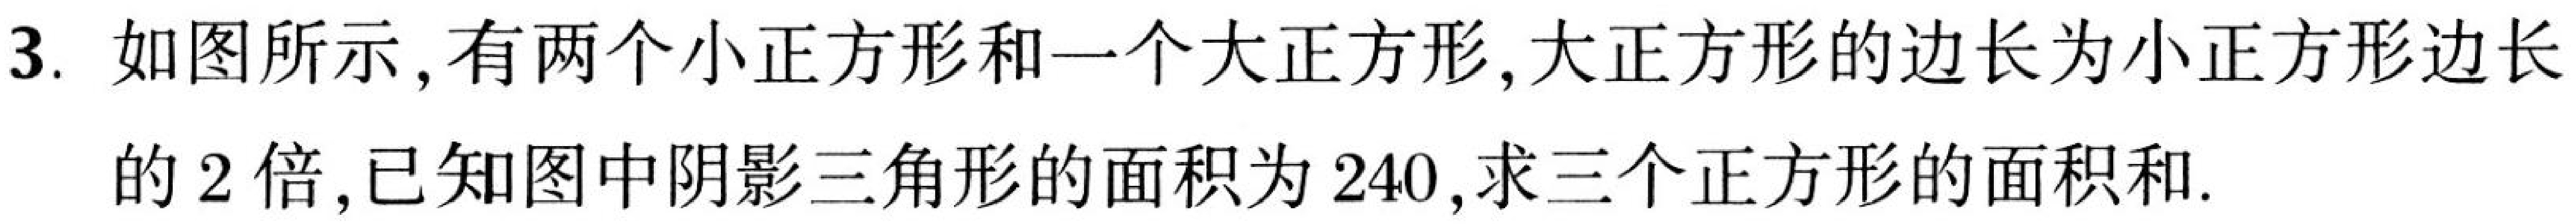
3. 如图所示，有两个小正方形和一个大正方形，大正方形的边长为小正方形边长
的\(2\)倍，已知图中阴影三角形的面积为\(240\)，求三个正方形的面积和.